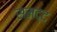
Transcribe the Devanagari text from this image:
समद्द